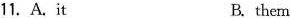
11. A. it B. them